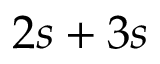
2 s + 3 s